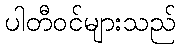
ပါတီဝင်များသည်